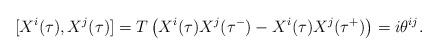
LaTeX: \begin{align*}[X^i(\tau),X^j(\tau)]=T\left(X^i(\tau)X^j(\tau^-)-X^i(\tau)X^j(\tau^+)\right)=i\theta^{ij}.\end{align*}